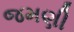
જમણી